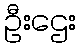
ဦးဌေး